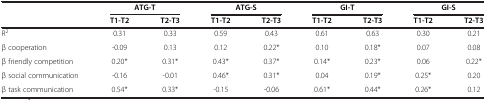
|  | <COLSPAN=2> ATG-T | <COLSPAN=2> ATG-S | <COLSPAN=2> GI-T | <COLSPAN=2> GI-S |
 |  | T1-T2 | T2-T3 | T1-T2 | T2-T3 | T1-T2 | T2-T3 | T1-T2 | T2-T3 |
 | --- | --- | --- | --- | --- | --- | --- | --- | --- |
 | R2 | 0.31 | 0.33 | 0.59 | 0.43 | 0.61 | 0.63 | 0.30 | 0.21 |
 | β cooperation | -0.09 | 0.13 | 0.12 | 0.22* | 0.10 | 0.18* | 0.07 | 0.08 |
 | β friendly competition | 0.20* | 0.31* | 0.43* | 0.37* | 0.14* | 0.23* | 0.06 | 0.22* |
 | β social communication | -0.16 | -0.01 | 0.46* | 0.31* | 0.04 | 0.19* | 0.25* | 0.20 |
 | β task communication | 0.54* | 0.33* | -0.15 | -0.06 | 0.61* | 0.44* | 0.26* | 0.12 |